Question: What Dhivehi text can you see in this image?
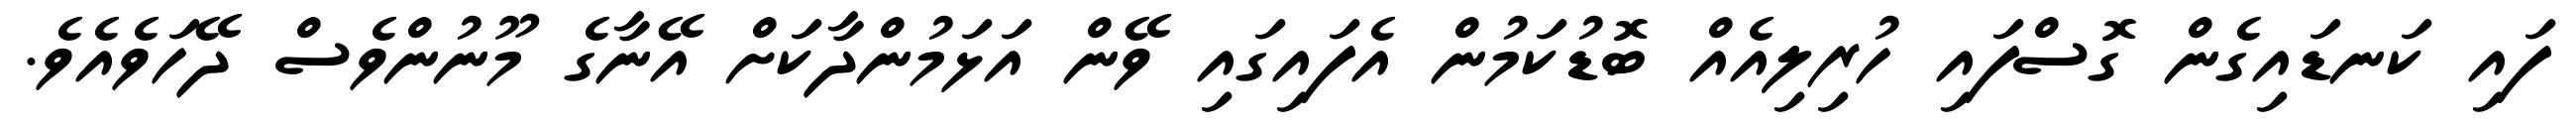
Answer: ފައި ކަނޑައިގެން ގޮސްފައި ހުރިލިއެއް ބޮޑުކަމުން އެފައިގައި ވޭން އަޅަމުންދާކަށް އޭނާގެ މޫނުންވެސް ދޭހަވެއެވެ.